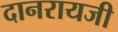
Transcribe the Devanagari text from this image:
दानरायजी